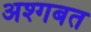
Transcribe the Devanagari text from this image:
अश्गबत